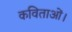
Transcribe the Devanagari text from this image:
कविताओं।